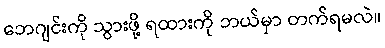
ဘေဂျင်းကို သွားဖို့ ရထားကို ဘယ်မှာ တက်ရမလဲ။